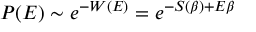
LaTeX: P ( E ) \sim e ^ { - W ( E ) } = e ^ { - S ( \beta ) + E \beta }